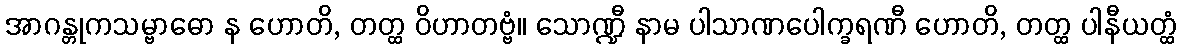
အာဂန္တုကသမ္ဗာဓော န ဟောတိ, တတ္ထ ဝိဟာတဗ္ဗံ။ သောဏ္ဍီ နာမ ပါသာဏပေါက္ခရဏီ ဟောတိ, တတ္ထ ပါနီယတ္ထံ